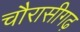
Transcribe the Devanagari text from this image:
चौरासीगढ़